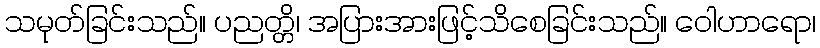
သမုတ်ခြင်းသည်။ ပညတ္တိ၊ အပြားအားဖြင့်သိစေခြင်းသည်။ ဝေါဟာရော၊